Report of the Indian Hemp Drugs Commission, 1894-1895 - Volume VII
Year: 1894
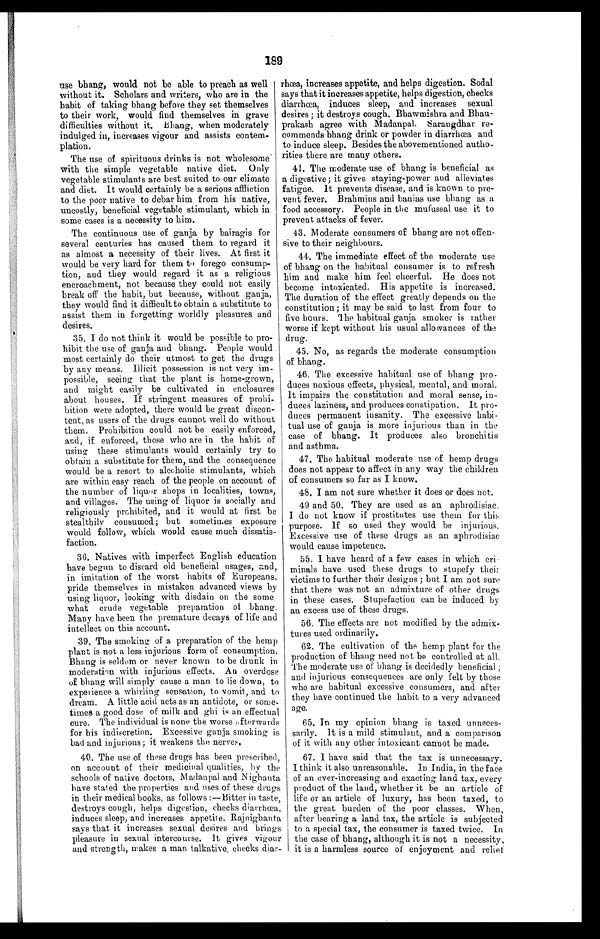
189
use bhang, would not be able to preach as well
without it. Scholars and writers, who are in the
habit of taking bhang before they set themselves
to their work, would find themselves in grave
difficulties without it. Bhang, when moderately
indulged in, increases vigour and assists contem-
plation.
The use of spirituous drinks is not wholesome
with the simple vegetable native diet. Only
vegetable stimulants are best suited to our climate
and diet. It would certainly be a serious affliction
to the poor native to debar him from his native,
uncostly, beneficial vegetable stimulant, which in
some cases is a necessity to him.
The continuous use of ganja by bairagis for
several centuries has caused them to regard it
as almost a necessity of their lives. At first it
would be very hard for them to forego consump-
tion, and they would regard it as a religious
encroachment, not because they could not easily
break off the habit, but because, without ganja,
they would find it difficult to obtain a substitute to
assist them in forgetting worldly pleasures and
desires.
35. I do not think it would be possible to pro-
hibit the use of ganja and bhang. People would
most certainly do their utmost to get the drugs
by any means. Illicit possession is not very im-
possible, seeing that the plant is home-grown,
and might easily be cultivated in enclosures
about houses. If stringent measures of prohi-
bition were adopted, there would be great discon-
tent, as users of the drugs cannot well do without
them. Prohibition could not be easily enforced,
and, if enforced, those who are in the habit of
using these stimulants would certainly try to
obtain a substitute for them, and the consequence
would be a resort to alcoholic stimulants, which
are within easy reach of the people on account of
the number of liquor shops in localities, towns,
and villages. The using of liquor is socially and
religiously prohibited, and it would at first be
stealthily consumed; but sometimes exposure
would follow, which would cause much dissatis-
faction.
36. Natives with imperfect English education
have begun to discard old beneficial usages, and,
in imitation of the worst habits of Europeans,
pride themselves in mistaken advanced views by
using liquor, looking with disdain on the some
what crude vegetable preparation of bhang.
Many have been the premature decays of life and
intellect on this account.
39. The smoking of a preparation of the hemp
plant is not a less injurious form of consumption.
Bhang is seldom or never known to be drunk in
moderation with injurious effects. An overdose
of bhang will simply cause a man to lie down, to
experience a whirling sensation, to vomit, and to
dream. A little acid acts as an antidote, or some-
times a good dose of milk and ghi is an effectual
cure. The individual is none the worse afterwards
for his indiscretion. Excessive ganja smoking is
bad and injurious ; it weakens the nerves.
40. The use of these drugs has been prescribed,
on account of their medicinal qualities, by the
schools of native doctors. Madanpal and Nighanta
have stated the properties and uses of these drugs
in their medical books, as follows :—Bitter in taste,
destroys cough, helps digestion, checks diarrhœa,
induces sleep, and increases appetite. Rajnighanta
says that it increases sexual desires and brings
pleasure in sexual intercourse. It gives vigour
and strength, makes a man talkative, checks diar
-
rhœa, increases appetite, and helps digestion. Sodal
says that it increases appetite, helps digestion, checks
diarrhœa, induces sleep, and increases sexual
desires ; it destroys cough. Bhawmishra and Bhau-
prakash agree with Madanpal. Sarangdhar re-
commends bhang drink or powder in diarrhœa and
to induce sleep. Besides the abovementioned autho-
rities there are many others.
41. The moderate use of bhang is beneficial as
a digestive; it gives staying-power and alleviates
fatigue. It prevents disease, and is known to pre-
vent fever. Brahmins and banias use bhang as a
food accessory. People in the mufussal use it to
prevent attacks of fever.
43. Moderate consumers of bhang are not offen-
sive to their neighbours.
44. The immediate effect of the moderate use
of bhang on the habitual consumer is to refresh
him and make him feel cheerful. He does not
become intoxicated. His appetite is increased.
The duration of the effect greatly depends on the
constitution; it may be said to last from four to
five hours. The habitual ganja smoker is rather
worse if kept without his usual allowances of the
drug.
45. No, as regards the moderate consumption
of bhang.
46. The excessive habitual use of bhang pro-
duces noxious effects, physical, mental, and moral.
It impairs the constitution and moral sense, in-
duces laziness, and produces constipation. It pro-
duces permanent insanity. The excessive habi-
tual use of ganja is more injurious than in the
case of bhang. It produces also bronchitis
and asthma.
47. The habitual moderate use of hemp drugs
does not appear to affect in any way the children
of consumers so far as I know.
48. I am not sure whether it does or does not.
49 and 50. They are used as an aphrodisiac.
I do not know if prostitutes use them for this
purpose. If so used they would be injurious.
Excessive use of these drugs as an aphrodisiac
would cause impotence.
55.
I have heard of a few cases in which
c r i ¬ m i n a l s h a v e u s e d t h e s e d r u g s t o s t u p e f y t h e i r
victims to further their designs ; but I am not sure
that there was not an admixture of other drugs
in these cases. Stupefaction can be induced by
an excess use of these drugs.
56. The effects are not modified by the admix-
tures used ordinarily.
62. The cultivation of the hemp plant for the
production of bhang need not be controlled at all.
The moderate use of bhang is decidedly beneficial ;
and injurious consequences are only felt by those
who are habitual excessive consumers, and after
they have continued the habit to a very advanced
age.
65. In my opinion bhang is taxed unneces-
sarily. It is a mild stimulant, and a comparison
of it with any other intoxicant cannot be made.
67. I have said that the tax is unnecessary.
I think it also unreasonable. In India, in the face
of an ever-increasing and exacting land tax, every
product of the land, whether it be an article of
life or an article of luxury, has been taxed, to
the great burden of the poor classes. When,
after bearing a land tax, the article is subjected
to a special tax, the consumer is taxed twice. In
the case of bhang, although it is not a necessity,
it is a harmless source of enjoyment and relief